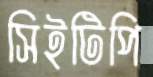
সিইটিপি